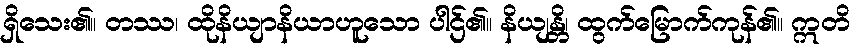
ရှိသေး၏။ တဿ၊ ထိုနိယျာနိယာဟူသော ပါဌ်၏။ နိယျန္တိ၊ ထွက်မြောက်ကုန်၏။ ဣတိ